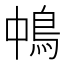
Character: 𩿀